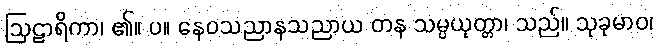
ဩဠာရိကာ၊ ၏။ ပ။ နေဝသညာနသညာယ တန သမ္ပယုတ္တာ၊ သည်။ သုခုမာဝ၊